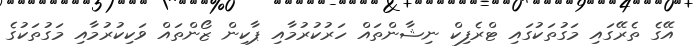
އޭގެ ތެރޭގައި މަގުތަކުގައި ޓްރެފިކް ނިޝާންތައް ހަރުކުރުމާއި ޕާކިން ޒޯންތައް ވަކިކުރުމާއި މަގުތަކުގެ